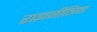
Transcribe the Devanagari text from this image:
राज्ञनीतिज्ञा